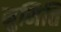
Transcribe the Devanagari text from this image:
नुमित्ति